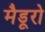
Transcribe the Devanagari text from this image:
मैडूरो